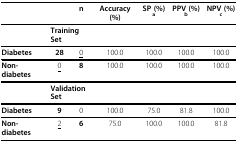
|  |  | n | Accuracy (%) | SP (%)a | PPV (%)b | NPV (%)c |
 | --- | --- | --- | --- | --- | --- | --- |
 |  | <COLSPAN=2> Training Set |  |  |  |  |
 | Diabetes | 28 | <underline>0</underline> | 100.0 | 100.0 | 100.0 | 100.0 |
 | Non-diabetes | <underline>0</underline> | 8 | 100.0 | 100.0 | 100.0 | 100.0 |
 |  | <COLSPAN=2> Validation Set |  |  |  |  |
 | Diabetes | 9 | 0 | 100.0 | 75.0 | 81.8 | 100.0 |
 | Non-diabetes | <underline>2</underline> | 6 | 75.0 | 100.0 | 100.0 | 81.8 |